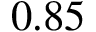
0 . 8 5